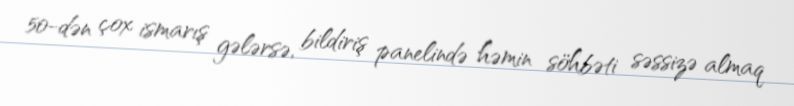
50-dən çox ismarış gələrsə, bildiriş panelində həmin söhbəti səssizə almaq